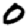
Digit: 0